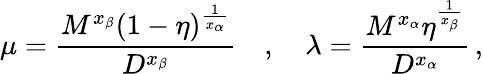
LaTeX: \mu=\frac{M^{x_{\beta}}(1-\eta)^{\frac{1}{x_{\alpha}}}}{D^{x_{\beta}}}\quad,\quad\lambda=\frac{M^{x_{\alpha}}\eta^{\frac{1}{x_{\beta}}}}{D^{x_{\alpha}}}\, ,